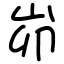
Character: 峁